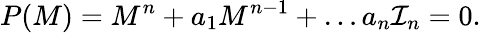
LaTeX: P(M)=M^{n}+a_{1}M^{n-1}+\dots a_{n}{\cal I}_{n}=0.